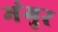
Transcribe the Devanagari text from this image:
मंगुर